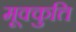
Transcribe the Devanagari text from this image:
मूक्कुत्ति